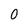
Character: 0